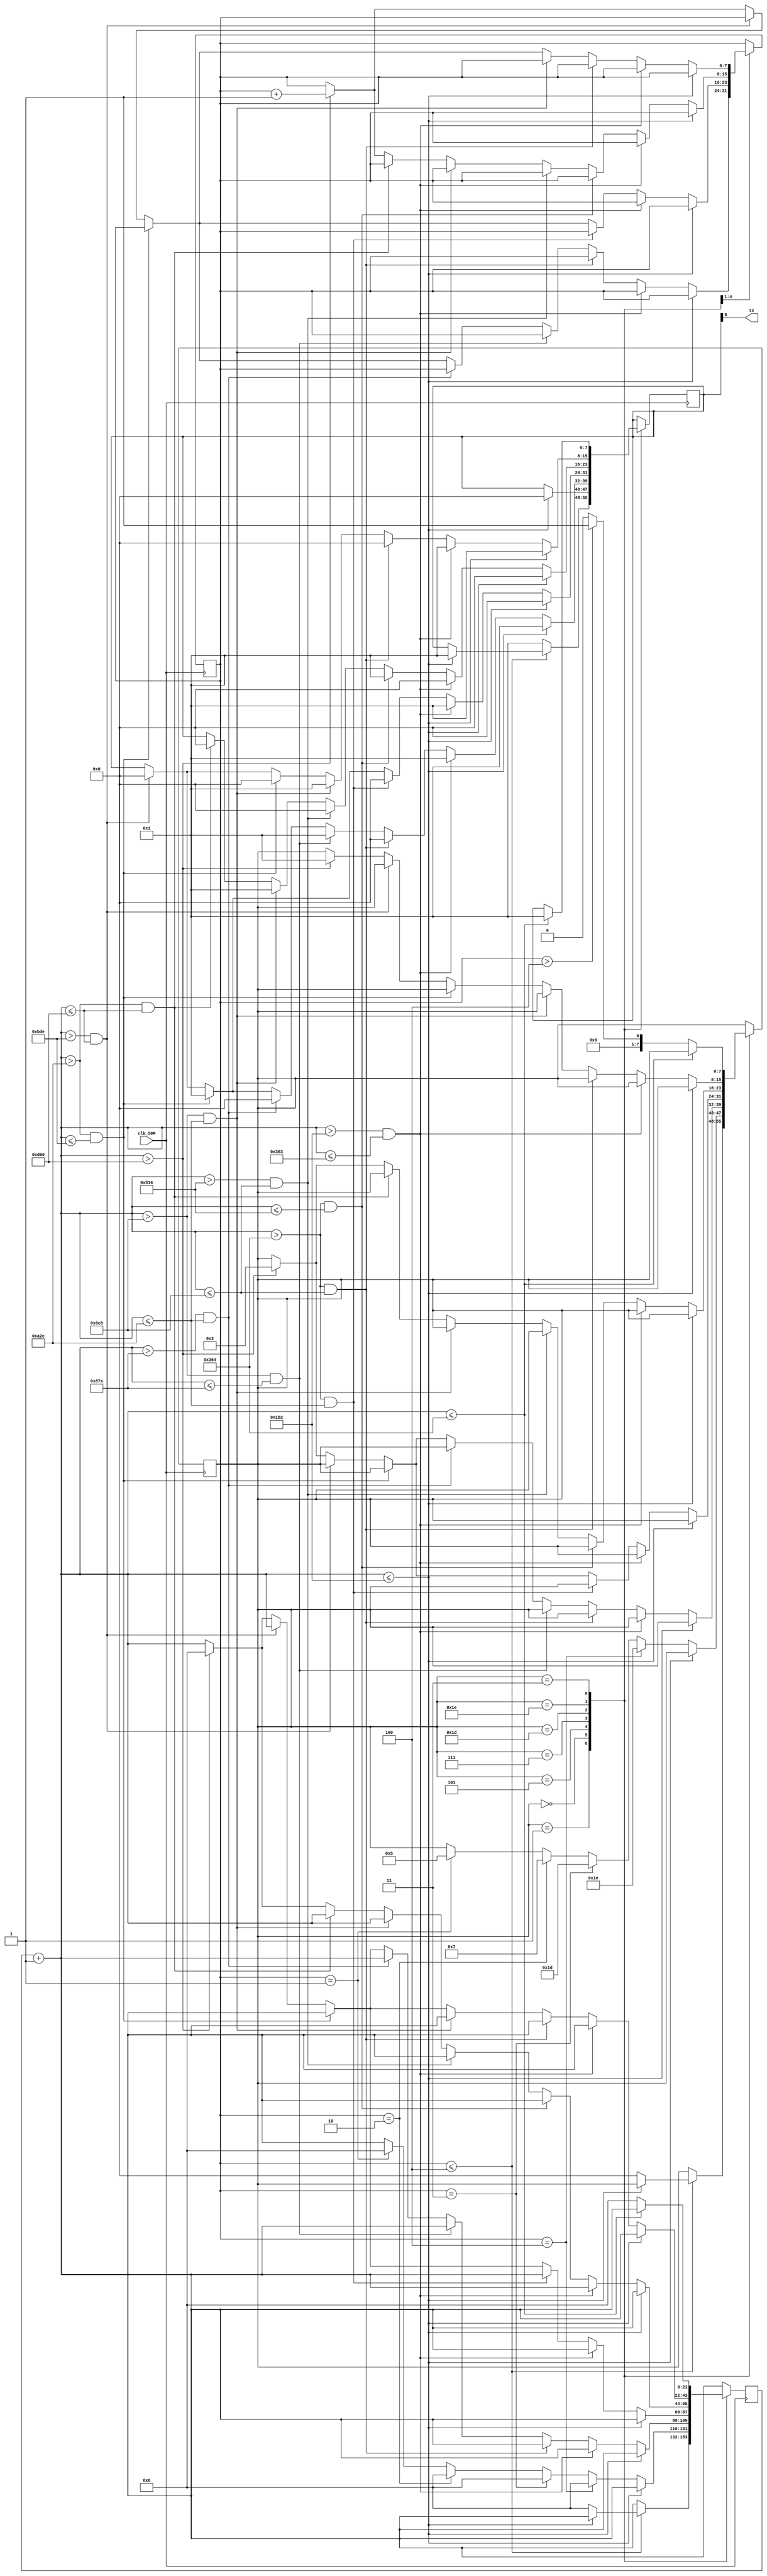


//UART Transmitter design
//Input   : clk_50M : 50 MHz clock
//Output  : tx : UART transmit output

//50MHz/115200=434;

//////////////////DO NOT MAKE ANY CHANGES IN MODULE//////////////////
module uart(
	input clk_50M,	//50 MHz clock
	output tx		//UART transmit output
);
////////////////////////WRITE YOUR CODE FROM HERE////////////////////
reg [7:0] out;
assign tx=out;
parameter [8:0]clks_per_bit=9'b110110010;
parameter idle=8'b001;
parameter tx_start=8'b000;
parameter [7:0]tx_data=8'b00101;
parameter [7:0]tx_data2=8'b00111;
parameter [7:0]tx_data3=8'b01111;
parameter [7:0]tx_data4=8'b11011;
parameter [7:0]tx_data5=8'b11101;
parameter [7:0]tx_data6=8'b11110;
parameter tx_stop=8'b0011;
reg [7:0] s_Main=idle;
reg [21:0] clk_count=0;
reg[7:0] count=1;
always@(posedge clk_50M) begin
	clk_count=clk_count+1;
	case(s_Main)
		idle:if(count<=4)begin
					if(clk_count<=clks_per_bit)begin
						out=1;
					end
					else begin
						s_Main=tx_start;
						clk_count=0;
					 end
				end
				else begin
					out=1;
				end	
		tx_start:if(clk_count<=clks_per_bit)begin
						out=0;
					end
				else begin
						if(count==1)begin
					s_Main=tx_data;
					clk_count=0;
						end
						if(count==2)begin
					s_Main=tx_data2;
					clk_count=0;
						end
						if(count==3)begin
					s_Main=tx_data5;
					clk_count=0;
						end
						if(count==4)begin
					s_Main=tx_data6;
					clk_count=0;
						end
					end
		tx_data:if(clk_count<=clks_per_bit)begin
						out=1;
					end
					else if(clk_count>clks_per_bit && clk_count<=2*clks_per_bit-1)begin
						out=1;
					end
					else if(clk_count>2*clks_per_bit && clk_count<=4*clks_per_bit)begin
						out=0;
					end
					else if(clk_count>4*clks_per_bit && clk_count<=5*clks_per_bit)begin
						out=1;
					end
					else if(clk_count>5*clks_per_bit && clk_count<=6*clks_per_bit)begin
						out=0;
					end
					else if(clk_count>6*clks_per_bit && clk_count<=7*clks_per_bit)begin
						out=1;
					end
					else if(clk_count>7*clks_per_bit && clk_count<=8*clks_per_bit)begin
						out=0;
					end
				   else if(clk_count>8*clks_per_bit)begin
					s_Main=tx_stop;
					count=count+1;
					clk_count=0;
					end
		tx_data2:if(clk_count<=clks_per_bit)begin
						out=0;
					end
					else if(clk_count>clks_per_bit && clk_count<=2*clks_per_bit-1)begin
						out=1;
					end
					else if(clk_count>2*clks_per_bit && clk_count<=6*clks_per_bit)begin
						out=0;
					end
					else if(clk_count>6*clks_per_bit && clk_count<=7*clks_per_bit)begin
						out=1;
					end
					else if(clk_count>7*clks_per_bit && clk_count<=8*clks_per_bit)begin
						out=0;
					end
				   else if(clk_count>8*clks_per_bit)begin
					s_Main=tx_stop;
					clk_count=0;
					count=count+1;
					end
		tx_data5:if(clk_count<=clks_per_bit)begin
						out=0;
					end
					else if(clk_count>clks_per_bit && clk_count<=2*clks_per_bit-1)begin
						out=0;
					end
					else if(clk_count>2*clks_per_bit && clk_count<=3*clks_per_bit)begin
						out=1;
					end					
					else if(clk_count>3*clks_per_bit && clk_count<=4*clks_per_bit)begin
						out=0;
					end
					else if(clk_count>4*clks_per_bit && clk_count<=6*clks_per_bit)begin
						out=1;
					end
					else if(clk_count>6*clks_per_bit && clk_count<=8*clks_per_bit)begin
						out=0;
					end
				   else if(clk_count>8*clks_per_bit)begin
					s_Main=tx_stop;
					clk_count=0;
					count=count+1;
					end
		tx_data6:if(clk_count<=clks_per_bit)begin
						out=1;
					end
					else if(clk_count>clks_per_bit && clk_count<=2*clks_per_bit-1)begin
						out=1;
					end
					else if(clk_count>2*clks_per_bit && clk_count<=4*clks_per_bit)begin
						out=0;
					end
					else if(clk_count>4*clks_per_bit && clk_count<=6*clks_per_bit)begin
						out=1;
					end
					else if(clk_count>6*clks_per_bit && clk_count<=7*clks_per_bit)begin
						out=0;
					end
					else if(clk_count>7*clks_per_bit && clk_count<=8*clks_per_bit)begin
						out=0;
					end
				   else if(clk_count>8*clks_per_bit)begin
					count=count+1;
					s_Main=idle;
					clk_count=0;
					end					
		tx_stop:if(clk_count<=2*clks_per_bit)begin
						out=1;
					end
				  else begin
				    if(count>4)begin
				  s_Main=idle;
				  clk_count=0;
					 end
					 else begin
				  s_Main=tx_start;
				  clk_count=0;
				    end 
				   end
	endcase
end

////////////////////////YOUR CODE ENDS HERE//////////////////////////
endmodule
///////////////////////////////MODULE ENDS///////////////////////////